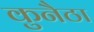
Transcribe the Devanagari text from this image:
कुनैठा